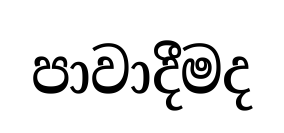
පාවාදීමද